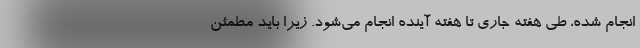
انجام شده، طی هفته جاری تا هفته آینده انجام می‌شود. زیرا باید مطمئن